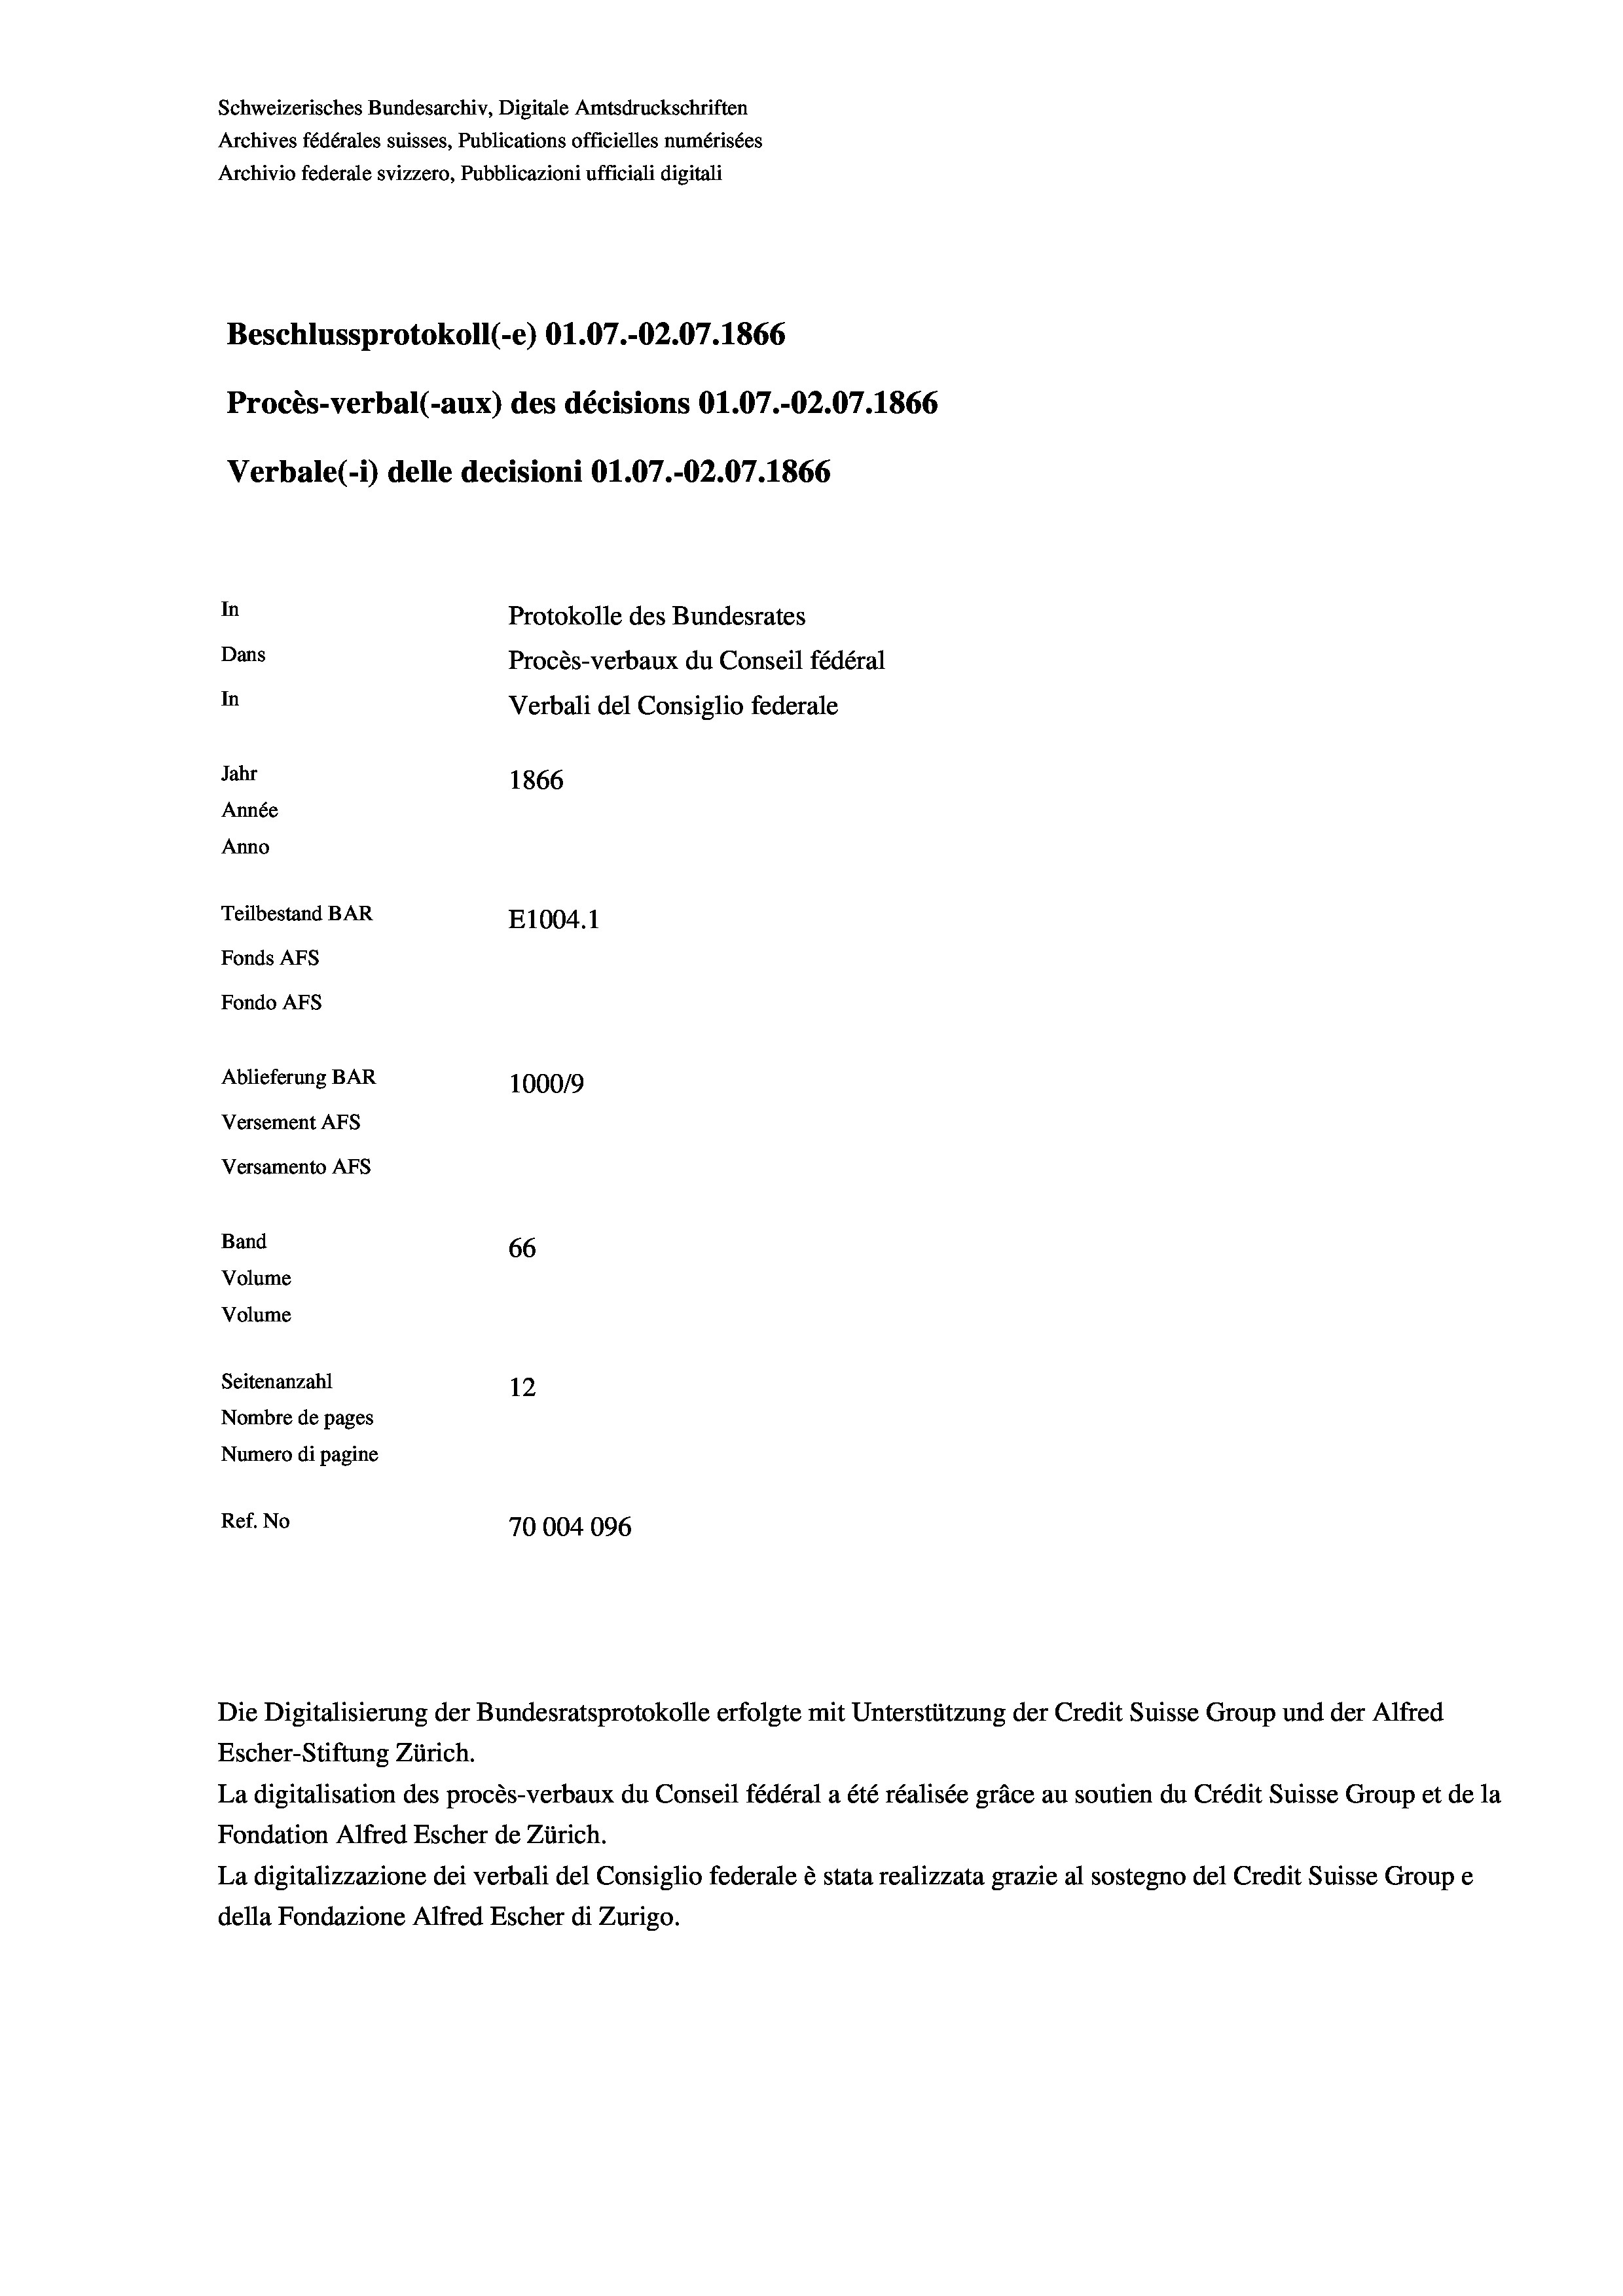
Schweizerisches Bundesarchiv, Digitale Amtsdruckschriften
Archives fédérales suisses, Publications officielles numérisées
Archivio federale svizzero, Pubblicazioni ufficiali digitali
Beschlussprotokoll (-e) O1.07.-O2.07. 1866
Procès-verbal (-aux) des décisions O1.07.-O2.07. 1866
Verbale(-*) delle decisioni O1.07.-O2.07. 1866
In
Protokolle des Bundesrates
Dans
Procès-verbaux du Conseil fédéral
In
Verbali del Consiglio federale
Jahr
1866
Année
Anno
Teilbestand BAR
E1004.1
Fonds AFs
Fondo AFS
Ablieferung BAR
100019
Versement AFs
Versamento AFs
Band
66
Volume
Volume
Seitenanzahl
12
Nombre de pages
Numero di pagine

Ref. No
70004096

Escher-Stiftung Zürich.
La digitalisation des procès-verbaux du Conseil fédéral a été réalisée gräce au soutien du Crédit Suisse Group et de la
Fondation Alfred Escher de Zürich.
La digitalizzazione dei verbali del Consiglio federale è stata realizzata grazie al sostegno del Credit Suisse Groupe
della Fondazione Alfred Escher di Zurigo.

Die Digitalisierung der Bundesratsprotokolle erfolgte mit Unterstützung der Credit Suisse Group und der Alfred